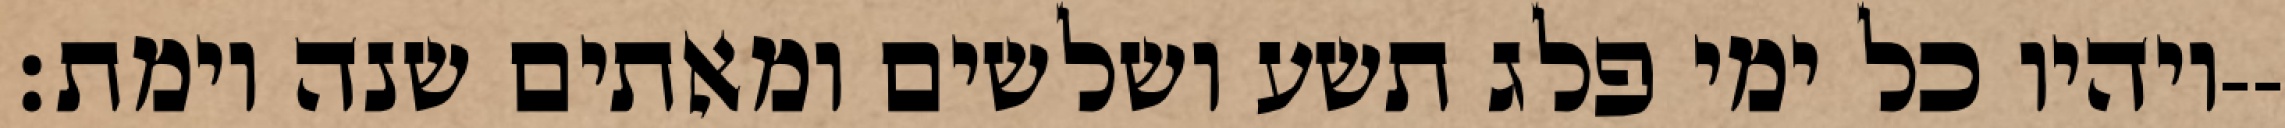
ויהיו כל ימי פלג תשע ושלשים ומאתים שנה וימת׃--